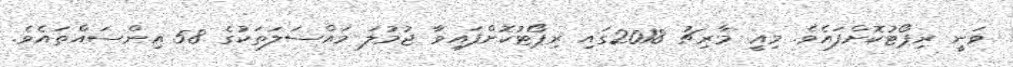
ވަނީ ރިޕޯޓުކޮށްފައެވެ. މިއީ މާރިޗު 2018ގައި ރިޕޯޓުކޮށްފައިވާ ޖުމުލަ މައްސަލަތަކުގެ 58 އިންސައްތައެވެ.